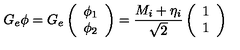
G _ { e } \phi = G _ { e } \left( \begin{array} { c } { \phi _ { 1 } } \\ { \phi _ { 2 } } \\ \end{array} \right) = \frac { M _ { i } + \eta _ { i } } { \sqrt { 2 } } \left( \begin{array} { c } { 1 } \\ { 1 } \\ \end{array} \right)